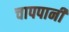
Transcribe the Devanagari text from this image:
चापपानी